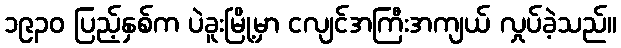
၁၉၃၀ ပြည့်နှစ်က ပဲခူးမြို့မှာ ငလျင်အကြီးအကျယ် လှုပ်ခဲ့သည်။